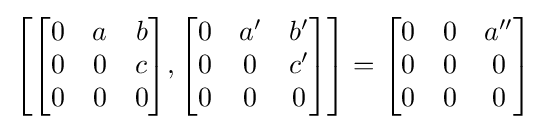
\left[{\begin{bmatrix}0&a&b\\0&0&c\\0&0&0\end{bmatrix}},{\begin{bmatrix}0&a'&b'\\0&0&c'\\0&0&0\end{bmatrix}}\right]={\begin{bmatrix}0&0&a''\\0&0&0\\0&0&0\end{bmatrix}}